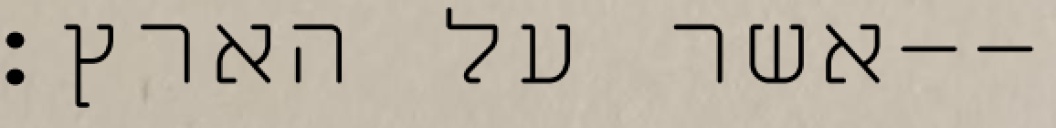
אשר על הארץ׃--